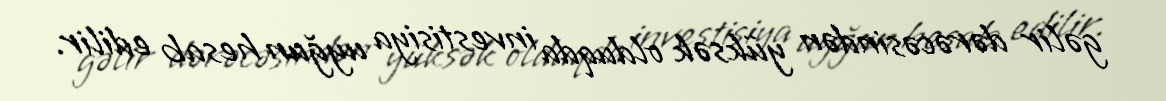
gəlir dərəcəsindən yüksək olduqda investisiya uyğun hesab edilir.